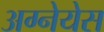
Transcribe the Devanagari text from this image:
अग्नेयेस